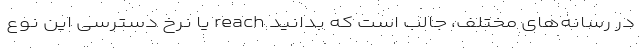
در رسانه‌های مختلف، جالب است که بدانید reach یا نرخ دسترسی این نوع